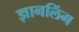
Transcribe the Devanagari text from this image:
ज्ञानलिंग